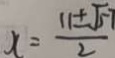
x = \frac { 1 1 \pm \sqrt { 5 7 } } { 2 }